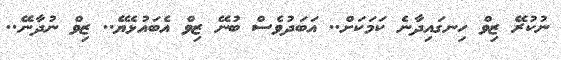
ނުކުރޭ ޒިވް ހިނގައިދާނެ ކަމަކަށް.. އަބަދުވެސް ބުނޭ ޒިވް އެބައުޅެޔޭ.. ޒިވް ނުދާނޭ..